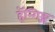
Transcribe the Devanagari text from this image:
हॅन्गिङ्ग